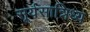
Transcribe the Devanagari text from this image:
सूर्यसान्निध्य